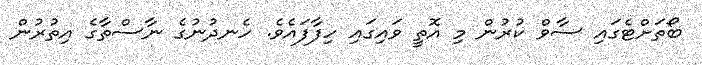
ބޯތަށްޓެގައި ސާވް ކުރުން މި އޮތީ ވައިގައި ހިފާފައެވެ. ހެނދުނުގެ ނާސްތާގެ އިތުރުން